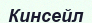
Кинсейл